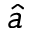
\hat { a }